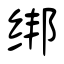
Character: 绑